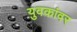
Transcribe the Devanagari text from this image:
युवकांवर